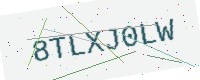
Text: 8TLXJ0LW